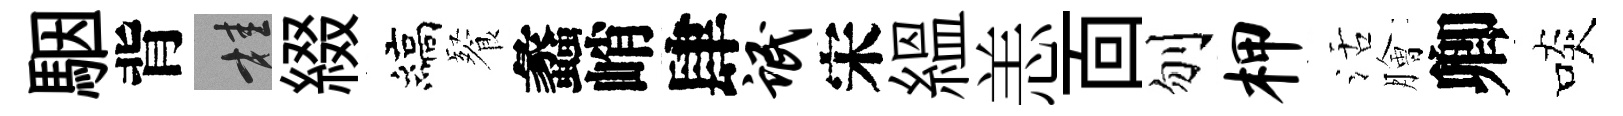
駰背桂綴縞餐蠡峭肆氓宋緼恙靣刎柙活膾卿啖